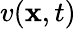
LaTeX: v(\mathbf x,t)